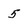
Character: 5